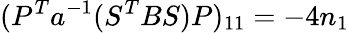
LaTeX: (P^{T}a^{-1}(S^{T}BS)P)_{11}=-4n_{1}